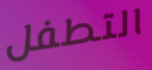
التطفل